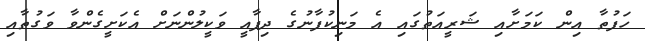
ހަފުތާ އިން ކަމަށާއި ޝަރީއަތުގައި އެ މަނިކުފާނުގެ ދިފާއީ ވަކީލުންނަށް އެކަށީގެންވާ ވަގުތާއި